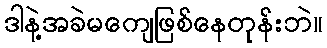
ဒါနဲ့အခဲမကျေဖြစ်နေတုန်းဘဲ။